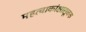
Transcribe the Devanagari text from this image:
महत्वाकांक्षासूचक